Statistical return of the lunatic asylum in Assam - 1912-1932
Year: 1912
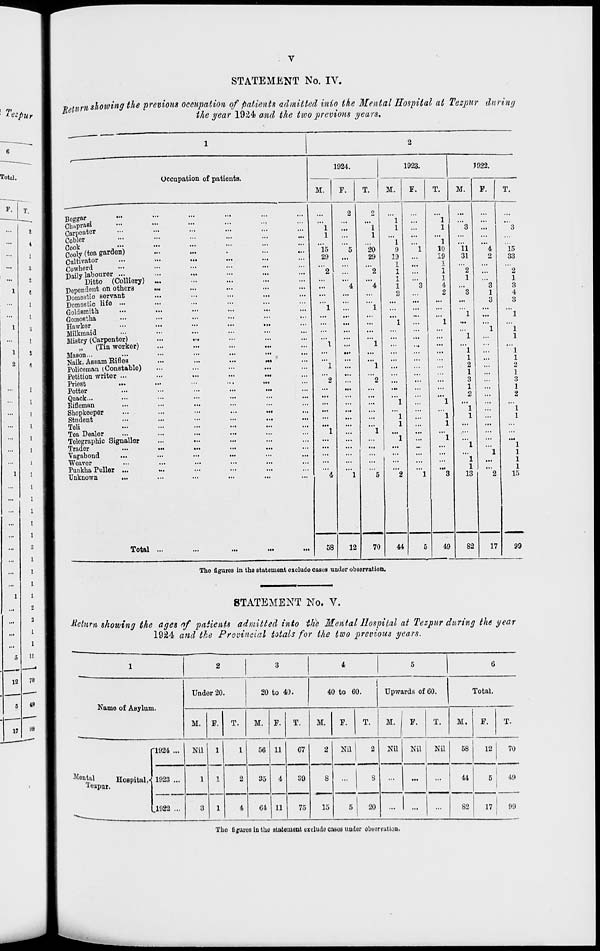
STATEMENT No. IV.
Return showing the previous occupation of patients admitted into the Mental Hospital at Tezpur during
i.h.p. imn.v 19i?,4 an.il. Ilifi l.mn mrAMt.f)USi oifiara.
the year 1924 and the two previous years.
Occupation of patienta.
Boggar
ClwpraBi
Carpenter
Cobler
Cook
—
Cooly (tea garden)
Cultivator
Cowherd
Daily labourer■ ...
Ditto (Colliery)
Dependent on othcrB
Domestic servant
Domestic life •••
Goldsmith
GomoBtha
Hawker
Milkmaid
Mistry (Carpenter)
„
(Tin worker)
MaHon...
Jfaik, Assam Rifles
Policeman (Constable)
Petition writer ...
Priest
Potter
Quack...
Eifleman
Shopkeeper
Student
Teli
Tea Dealer
Telegraphic Signaller
Trader
Vagabond
Weavor
Punkha Puller ...
Unknown
Total
1924.
M.
T.
1923.
M.
»n«
...
...
...
...
...
...
...
...
Ml
••
...
.*.r
...
...
...
...
...
...
...
•it
...
...
...
...
...
...
...
...
...
...
...
...
...
...
...
...
...
...
...
...
...
...
...
...
1
1
15
29
58
12
1
1
"20
29
"2
'"4
70
1
1
"l
9
19
1
1
1
1
2
F.
7022.
M.
44
1
1
1
10
19
1
1
1
4
2
49
11
31
"2
1
F.
1
1
13
82
17
15
33
"2
1
3
4
3
1
1
1
1
2
1
3
1
2
1
1
1
1
1
1
15
99
The figures in the statement exclude cases under observation.
STATEMENT No. V.
Return showing the ages of patients admitted into the Mental Hospital at Tezpur during the year
1924 and the Provincial totals for the two previous years.
1
2
3
4
5
G
Name of Asylum.
Under 20.
20 to 40.
40 to 60.
Upwards of 60.
Total.
M. F.
T.
M. F.
T.
M.
F.
T.
M.
F.
T.
M.
F.
T.
"1924 ...
Nil
1
1
56 11
07
2
Nil |
2
Nil Nil
Nil
58
12
70
Mental
Hospital,-
lezpur.
1923 ...
1
2
35 4
39
8
15
...
8
...
...
...
44
5
49
1
.1922 ...
3
1
4
64 11
75
5
20
...
82
17; 99
1
The I) ;ui'Ch in the statement exclude cases uuder observation.